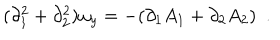
( \partial _ { 1 } ^ { 2 } + \partial _ { 2 } ^ { 2 } ) \omega _ { y } = - ( \partial _ { 1 } A _ { 1 } + \partial _ { 2 } A _ { 2 } ) ~ ~ .